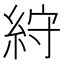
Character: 𥿾